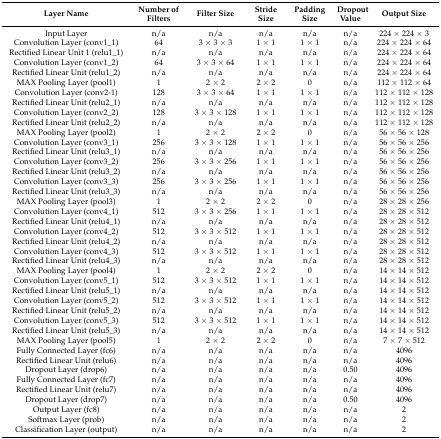
<table><thead><tr><td><b>Layer Name</b></td><td><b>Number of Filters</b></td><td><b>Filter Size</b></td><td><b>Stride Size</b></td><td><b>Padding Size</b></td><td><b>Dropout Value</b></td><td><b>Output Size</b></td></tr></thead><tbody><tr><td>Input Layer</td><td>n/a</td><td>n/a</td><td>n/a</td><td>n/a</td><td>n/a</td><td>224 × 224 × 3</td></tr><tr><td>Convolution Layer (conv1_1)</td><td>64</td><td>3 × 3 × 3</td><td>1 × 1</td><td>1 × 1</td><td>n/a</td><td>224 × 224 × 64</td></tr><tr><td>Rectified Linear Unit 1 (relu1_1)</td><td>n/a</td><td>n/a</td><td>n/a</td><td>n/a</td><td>n/a</td><td>224 × 224 × 64</td></tr><tr><td>Convolution Layer (conv1_2)</td><td>64</td><td>3 × 3 × 64</td><td>1 × 1</td><td>1 × 1</td><td>n/a</td><td>224 × 224 × 64</td></tr><tr><td>Rectified Linear Unit (relu1_2)</td><td>n/a</td><td>n/a</td><td>n/a</td><td>n/a</td><td>n/a</td><td>224 × 224 × 64</td></tr><tr><td>MAX Pooling Layer (pool1)</td><td>1</td><td>2 × 2</td><td>2 × 2</td><td>0</td><td>n/a</td><td>112 × 112 × 64</td></tr><tr><td>Convolution Layer (conv2-1)</td><td>128</td><td>3 × 3 × 64</td><td>1 × 1</td><td>1 × 1</td><td>n/a</td><td>112 × 112 × 128</td></tr><tr><td>Rectified Linear Unit (relu2_1)</td><td>n/a</td><td>n/a</td><td>n/a</td><td>n/a</td><td>n/a</td><td>112 × 112 × 128</td></tr><tr><td>Convolution Layer (conv2_2)</td><td>128</td><td>3 × 3 × 128</td><td>1 × 1</td><td>1 × 1</td><td>n/a</td><td>112 × 112 × 128</td></tr><tr><td>Rectified Linear Unit (relu2_2)</td><td>n/a</td><td>n/a</td><td>n/a</td><td>n/a</td><td>n/a</td><td>112 × 112 × 128</td></tr><tr><td>MAX Pooling Layer (pool2)</td><td>1</td><td>2 × 2</td><td>2 × 2</td><td>0</td><td>n/a</td><td>56 × 56 × 128</td></tr><tr><td>Convolution Layer (conv3_1)</td><td>256</td><td>3 × 3 × 128</td><td>1 × 1</td><td>1 × 1</td><td>n/a</td><td>56 × 56 × 256</td></tr><tr><td>Rectified Linear Unit (relu3_1)</td><td>n/a</td><td>n/a</td><td>n/a</td><td>n/a</td><td>n/a</td><td>56 × 56 × 256</td></tr><tr><td>Convolution Layer (conv3_2)</td><td>256</td><td>3 × 3 × 256</td><td>1 × 1</td><td>1 × 1</td><td>n/a</td><td>56 × 56 × 256</td></tr><tr><td>Rectified Linear Unit (relu3_2)</td><td>n/a</td><td>n/a</td><td>n/a</td><td>n/a</td><td>n/a</td><td>56 × 56 × 256</td></tr><tr><td>Convolution Layer (conv3_3)</td><td>256</td><td>3 × 3 × 256</td><td>1 × 1</td><td>1 × 1</td><td>n/a</td><td>56 × 56 × 256</td></tr><tr><td>Rectified Linear Unit (relu3_3)</td><td>n/a</td><td>n/a</td><td>n/a</td><td>n/a</td><td>n/a</td><td>56 × 56 × 256</td></tr><tr><td>MAX Pooling Layer (pool3)</td><td>1</td><td>2 × 2</td><td>2 × 2</td><td>0</td><td>n/a</td><td>28 × 28 × 256</td></tr><tr><td>Convolution Layer (conv4_1)</td><td>512</td><td>3 × 3 × 256</td><td>1 × 1</td><td>1 × 1</td><td>n/a</td><td>28 × 28 × 512</td></tr><tr><td>Rectified Linear Unit (relu4_1)</td><td>n/a</td><td>n/a</td><td>n/a</td><td>n/a</td><td>n/a</td><td>28 × 28 × 512</td></tr><tr><td>Convolution Layer (conv4_2)</td><td>512</td><td>3 × 3 × 512</td><td>1 × 1</td><td>1 × 1</td><td>n/a</td><td>28 × 28 × 512</td></tr><tr><td>Rectified Linear Unit (relu4_2)</td><td>n/a</td><td>n/a</td><td>n/a</td><td>n/a</td><td>n/a</td><td>28 × 28 × 512</td></tr><tr><td>Convolution Layer (conv4_3)</td><td>512</td><td>3 × 3 × 512</td><td>1 × 1</td><td>1 × 1</td><td>n/a</td><td>28 × 28 × 512</td></tr><tr><td>Rectified Linear Unit (relu4_3)</td><td>n/a</td><td>n/a</td><td>n/a</td><td>n/a</td><td>n/a</td><td>28 × 28 × 512</td></tr><tr><td>MAX Pooling Layer (pool4)</td><td>1</td><td>2 × 2</td><td>2 × 2</td><td>0</td><td>n/a</td><td>14 × 14 × 512</td></tr><tr><td>Convolution Layer (conv5_1)</td><td>512</td><td>3 × 3 × 512</td><td>1 × 1</td><td>1 × 1</td><td>n/a</td><td>14 × 14 × 512</td></tr><tr><td>Rectified Linear Unit (relu5_1)</td><td>n/a</td><td>n/a</td><td>n/a</td><td>n/a</td><td>n/a</td><td>14 × 14 × 512</td></tr><tr><td>Convolution Layer (conv5_2)</td><td>512</td><td>3 × 3 × 512</td><td>1 × 1</td><td>1 × 1</td><td>n/a</td><td>14 × 14 × 512</td></tr><tr><td>Rectified Linear Unit (relu5_2)</td><td>n/a</td><td>n/a</td><td>n/a</td><td>n/a</td><td>n/a</td><td>14 × 14 × 512</td></tr><tr><td>Convolution Layer (conv5_3)</td><td>512</td><td>3 × 3 × 512</td><td>1 × 1</td><td>1 × 1</td><td>n/a</td><td>14 × 14 × 512</td></tr><tr><td>Rectified Linear Unit (relu5_3)</td><td>n/a</td><td>n/a</td><td>n/a</td><td>n/a</td><td>n/a</td><td>14 × 14 × 512</td></tr><tr><td>MAX Pooling Layer (pool5)</td><td>1</td><td>2 × 2</td><td>2 × 2</td><td>0</td><td>n/a</td><td>7 × 7 × 512</td></tr><tr><td>Fully Connected Layer (fc6)</td><td>n/a</td><td>n/a</td><td>n/a</td><td>n/a</td><td>n/a</td><td>4096</td></tr><tr><td>Rectified Linear Unit (relu6)</td><td>n/a</td><td>n/a</td><td>n/a</td><td>n/a</td><td>n/a</td><td>4096</td></tr><tr><td>Dropout Layer (drop6)</td><td>n/a</td><td>n/a</td><td>n/a</td><td>n/a</td><td>0.50</td><td>4096</td></tr><tr><td>Fully Connected Layer (fc7)</td><td>n/a</td><td>n/a</td><td>n/a</td><td>n/a</td><td>n/a</td><td>4096</td></tr><tr><td>Rectified Linear Unit (relu7)</td><td>n/a</td><td>n/a</td><td>n/a</td><td>n/a</td><td>n/a</td><td>4096</td></tr><tr><td>Dropout Layer (drop7)</td><td>n/a</td><td>n/a</td><td>n/a</td><td>n/a</td><td>0.50</td><td>4096</td></tr><tr><td>Output Layer (fc8)</td><td>n/a</td><td>n/a</td><td>n/a</td><td>n/a</td><td>n/a</td><td>2</td></tr><tr><td>Softmax Layer (prob)</td><td>n/a</td><td>n/a</td><td>n/a</td><td>n/a</td><td>n/a</td><td>2</td></tr><tr><td>Classification Layer (output)</td><td>n/a</td><td>n/a</td><td>n/a</td><td>n/a</td><td>n/a</td><td>2</td></tr></tbody></table>